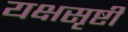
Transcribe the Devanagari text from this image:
यक्षसृष्टी